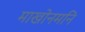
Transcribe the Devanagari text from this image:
माखोनमनि